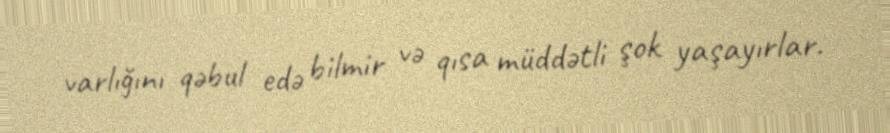
varlığını qəbul edə bilmir və qısa müddətli şok yaşayırlar.